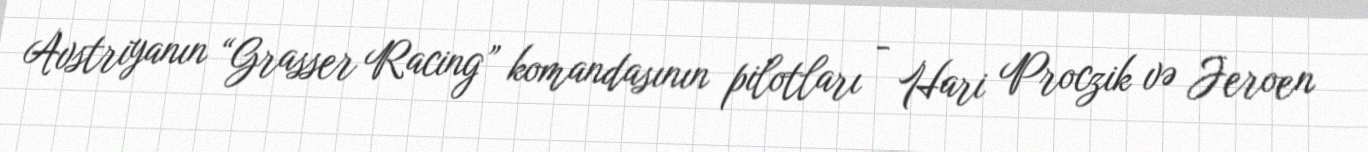
Avstriyanın “Grasser Racing” komandasının pilotları - Hari Proczik və Jeroen